Mental hospitals Bombay report 1921-28 - 1921-1928
Year: 1921
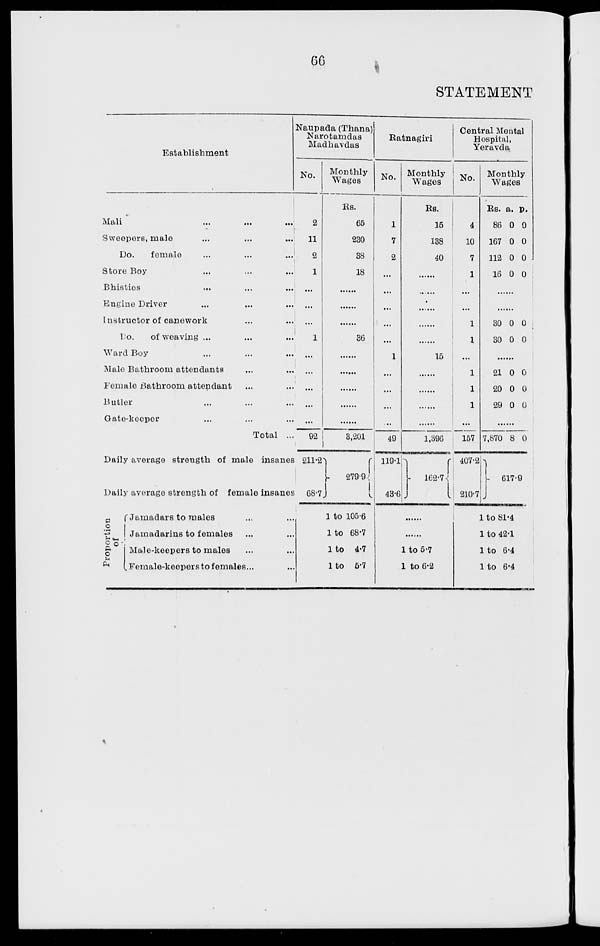
66
STATEMENT
Establishment
Mali
...
...
...
Sweepers, male ... ... ...
Do.
female ... ... ...
Store Boy ... ... ...
Bhisties ... ... ...
Engine Driver ... ...
Instructor of canework ... ...
Do.
of weaving... ... ...
Ward Boy ... ... ...
Male Bathroom attendants ... ...
Female Bathroom attendant... ...
Butler... ... ...
Gate-keeper... ... ...
Total ...
Naupada (Thana)
Narotamdas
Madhavdas
No.
2
11
2
1
...
...
...
1
...
...
...
...
...
92
Monthly
Wages
Rs.
65
230
38
18
.......
.......
.......
36
......
......
......
......
......
3,201
Ratnagiri
No.
1
7
2
...
...
...
...
...
1
...
...
...
...
49
Monthly
Wages
Rs.
15
138
40
......
......
......
......
......
15
......
......
......
......
1,396
Central Mental
Hospital,
Yeravda
No.
4
10
7
1
...
...
1
1
...
1
1
1
...
157
Monthly
Wages
Rs.
86
167
112
16
a.
0
0
0
0
p.
0
0
0
0
......
......
30
30
0
0
0
0
......
21
20
29
0
0
0
0
0
0
......
7,870 8 0
Daily average strength of male insanes
Daily average strength of female insanes
211.2
68.7.
279.9
119.1
43.6
162.7
407.2
210.7
617.9
Proportion
of
Jamadars to males... ...
Jamadarins to females... ...
Male-keepers to males... ...
Female-keepers to females... ...
1 to 105.6
1 to 68.7
1 to 4.7
1 to 6.7
......
......
1 to 5.7
1 to 6.2
1 to 81.4
1 to 42.1
l to 6.4
l to 6.4